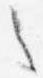
之